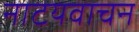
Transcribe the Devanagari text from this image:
नाटयवाचन